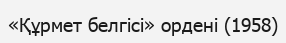
«Құрмет белгісі» ордені (1958)